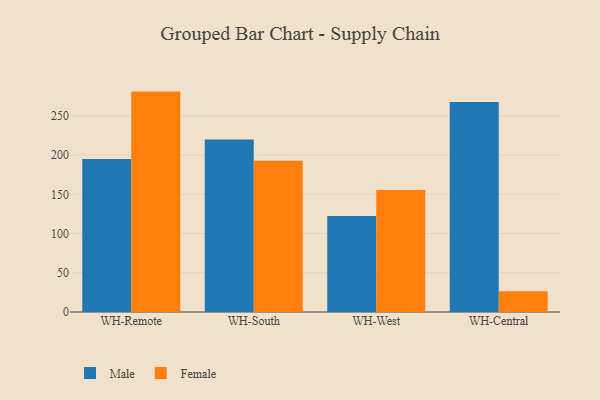
{"axis": {"x": "Warehouse", "y": "Backlog"}, "legend": ["Female", "Male"], "data": [{"x": "WH-Remote", "y": 195.2, "type": "Male"}, {"x": "WH-Remote", "y": 281.0, "type": "Female"}, {"x": "WH-South", "y": 219.9, "type": "Male"}, {"x": "WH-South", "y": 192.9, "type": "Female"}, {"x": "WH-West", "y": 122.3, "type": "Male"}, {"x": "WH-West", "y": 155.7, "type": "Female"}, {"x": "WH-Central", "y": 267.6, "type": "Male"}, {"x": "WH-Central", "y": 26.5, "type": "Female"}]}